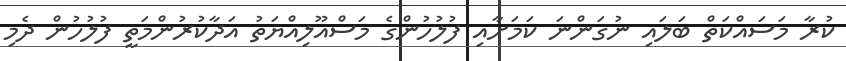
ކުރާ މަސައްކަތް ބަލައި ނުގަންނަ ކަމަށާއި ފުލުހުންގެ މަސްއޫލިއްޔަތު އަދާކުރުންމަތީ ފުލުހުން ދެމި